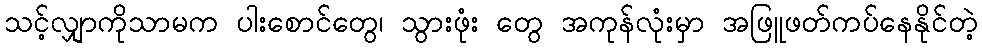
သင့်လျှာကိုသာမက ပါးစောင်တွေ၊ သွားဖုံး တွေ အကုန်လုံးမှာ အဖြူဖတ်ကပ်နေနိုင်တဲ့